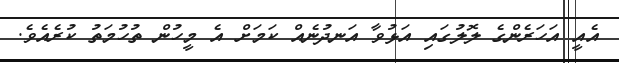
އެއީ އަހަރެންގެ ލޮލުގައި އަޅުވާ އަނދުނެއް ކަމަށް އެ މީހުން ތުހުމަތު ކުރެއެވެ.